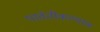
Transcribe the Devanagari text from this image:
पार्वतीकल्याण